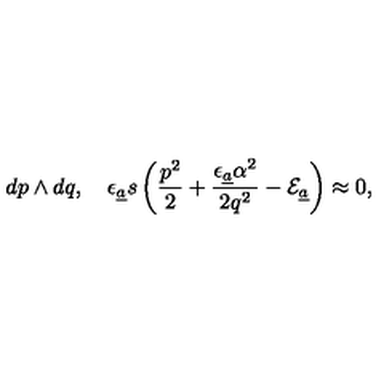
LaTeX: d p \wedge d q , \quad \epsilon _ { { \underline { a } } } s \left( \frac { p ^ { 2 } } { 2 } + \frac { \epsilon _ { { \underline { a } } } \alpha ^ { 2 } } { 2 q ^ { 2 } } - { \cal E } _ { \underline { a } } \right) \approx 0 ,